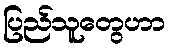
ပြည်သူတွေဟာ